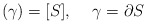
\begin{align*}(\gamma)=[S],\hspace{5mm}\gamma=\partial S\end{align*}